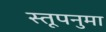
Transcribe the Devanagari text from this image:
स्तूपनुमा